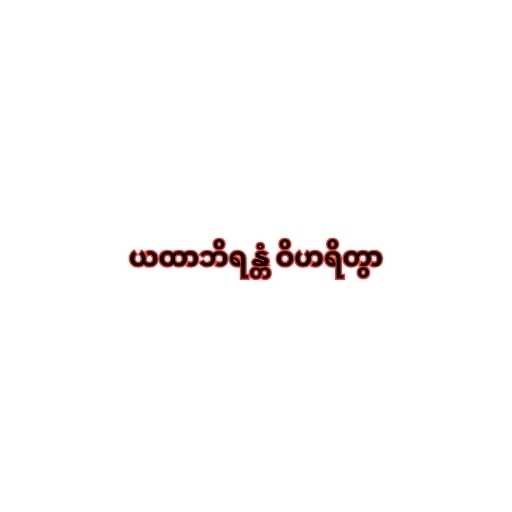
ယထာဘိရန္တံ ဝိဟရိတွာ